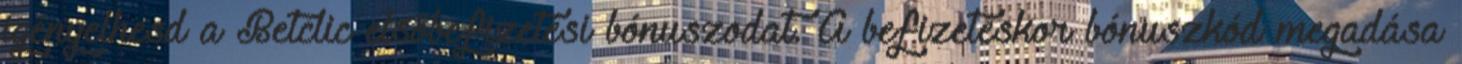
igényelhesd a Betclic elsőbefizetési bónuszodat. A befizetéskor bónuszkód megadása